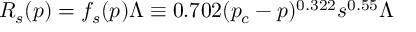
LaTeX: R _ { s } ( p ) = f _ { s } ( p ) \Lambda \equiv 0 . 7 0 2 ( p _ { c } - p ) ^ { 0 . 3 2 2 } s ^ { 0 . 5 5 } \Lambda